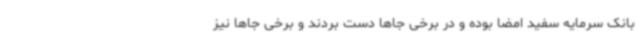
بانک سرمایه سفید امضا بوده و در برخی جاها دست بردند و برخی جاها نیز